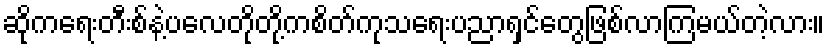
ဆိုကရေးတီးစ်နဲ့ပလေတိုတို့ကစိတ်ကုသရေးပညာရှင်တွေဖြစ်လာကြမယ်တဲ့လား။